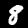
Label: 8